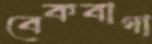
বেকবাগা